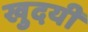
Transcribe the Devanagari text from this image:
खुदयी